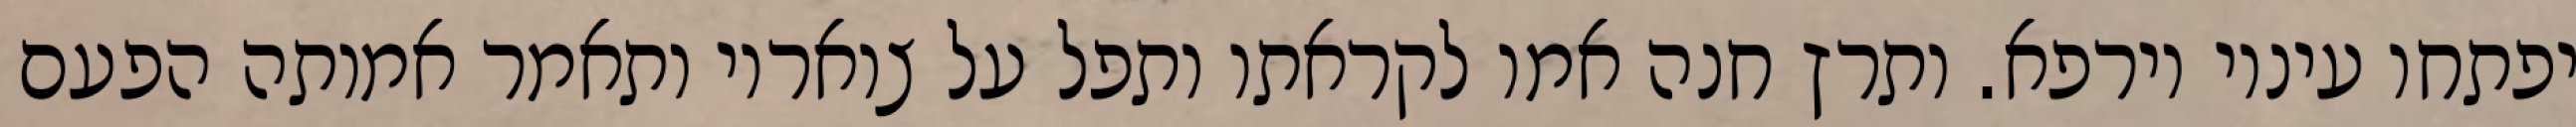
יפתחו עיניו וירפא. ותרץ חנה אמו לקראתו ותפל על צואריו ותאמר אמותה הפעם